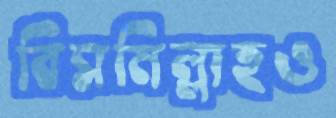
বিসমিল্লাহও